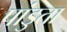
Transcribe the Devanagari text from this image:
पांडुता